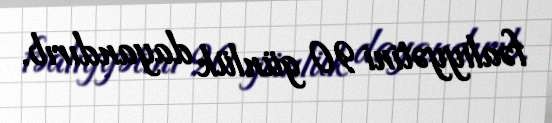
fəaliyyətini 90 günlük dayandırıb.